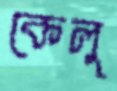
কেলু